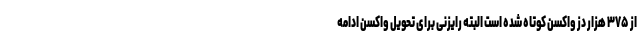
از ۳۷۵ هزار دز واکسن کوتاه شده است البته رایزنی برای تحویل واکسن ادامه